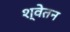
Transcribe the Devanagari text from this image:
श्वेतन